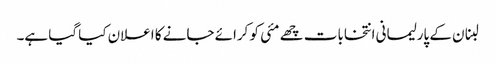
لبنان کے پارلیمانی انتخابات چھے مئی کو کرائے جانے کا اعلان کیا گیا ہے۔